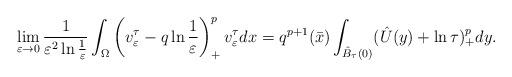
LaTeX: \begin{align*}\lim_{\varepsilon\to 0}\frac{1}{\varepsilon^2\ln\frac{1}{\varepsilon}}\int_\Omega\left( v^\tau_\varepsilon-q\ln\frac{1}{\varepsilon}\right) ^p_+v^\tau_\varepsilon dx=q^{p+1}(\bar{x})\int_{\hat{B}_\tau(0)}(\hat{U}(y)+\ln\tau)^{p}_+dy.\end{align*}